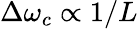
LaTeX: \Delta\omega_{c}\propto 1/L